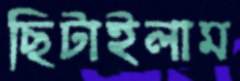
ছিটাইলাম